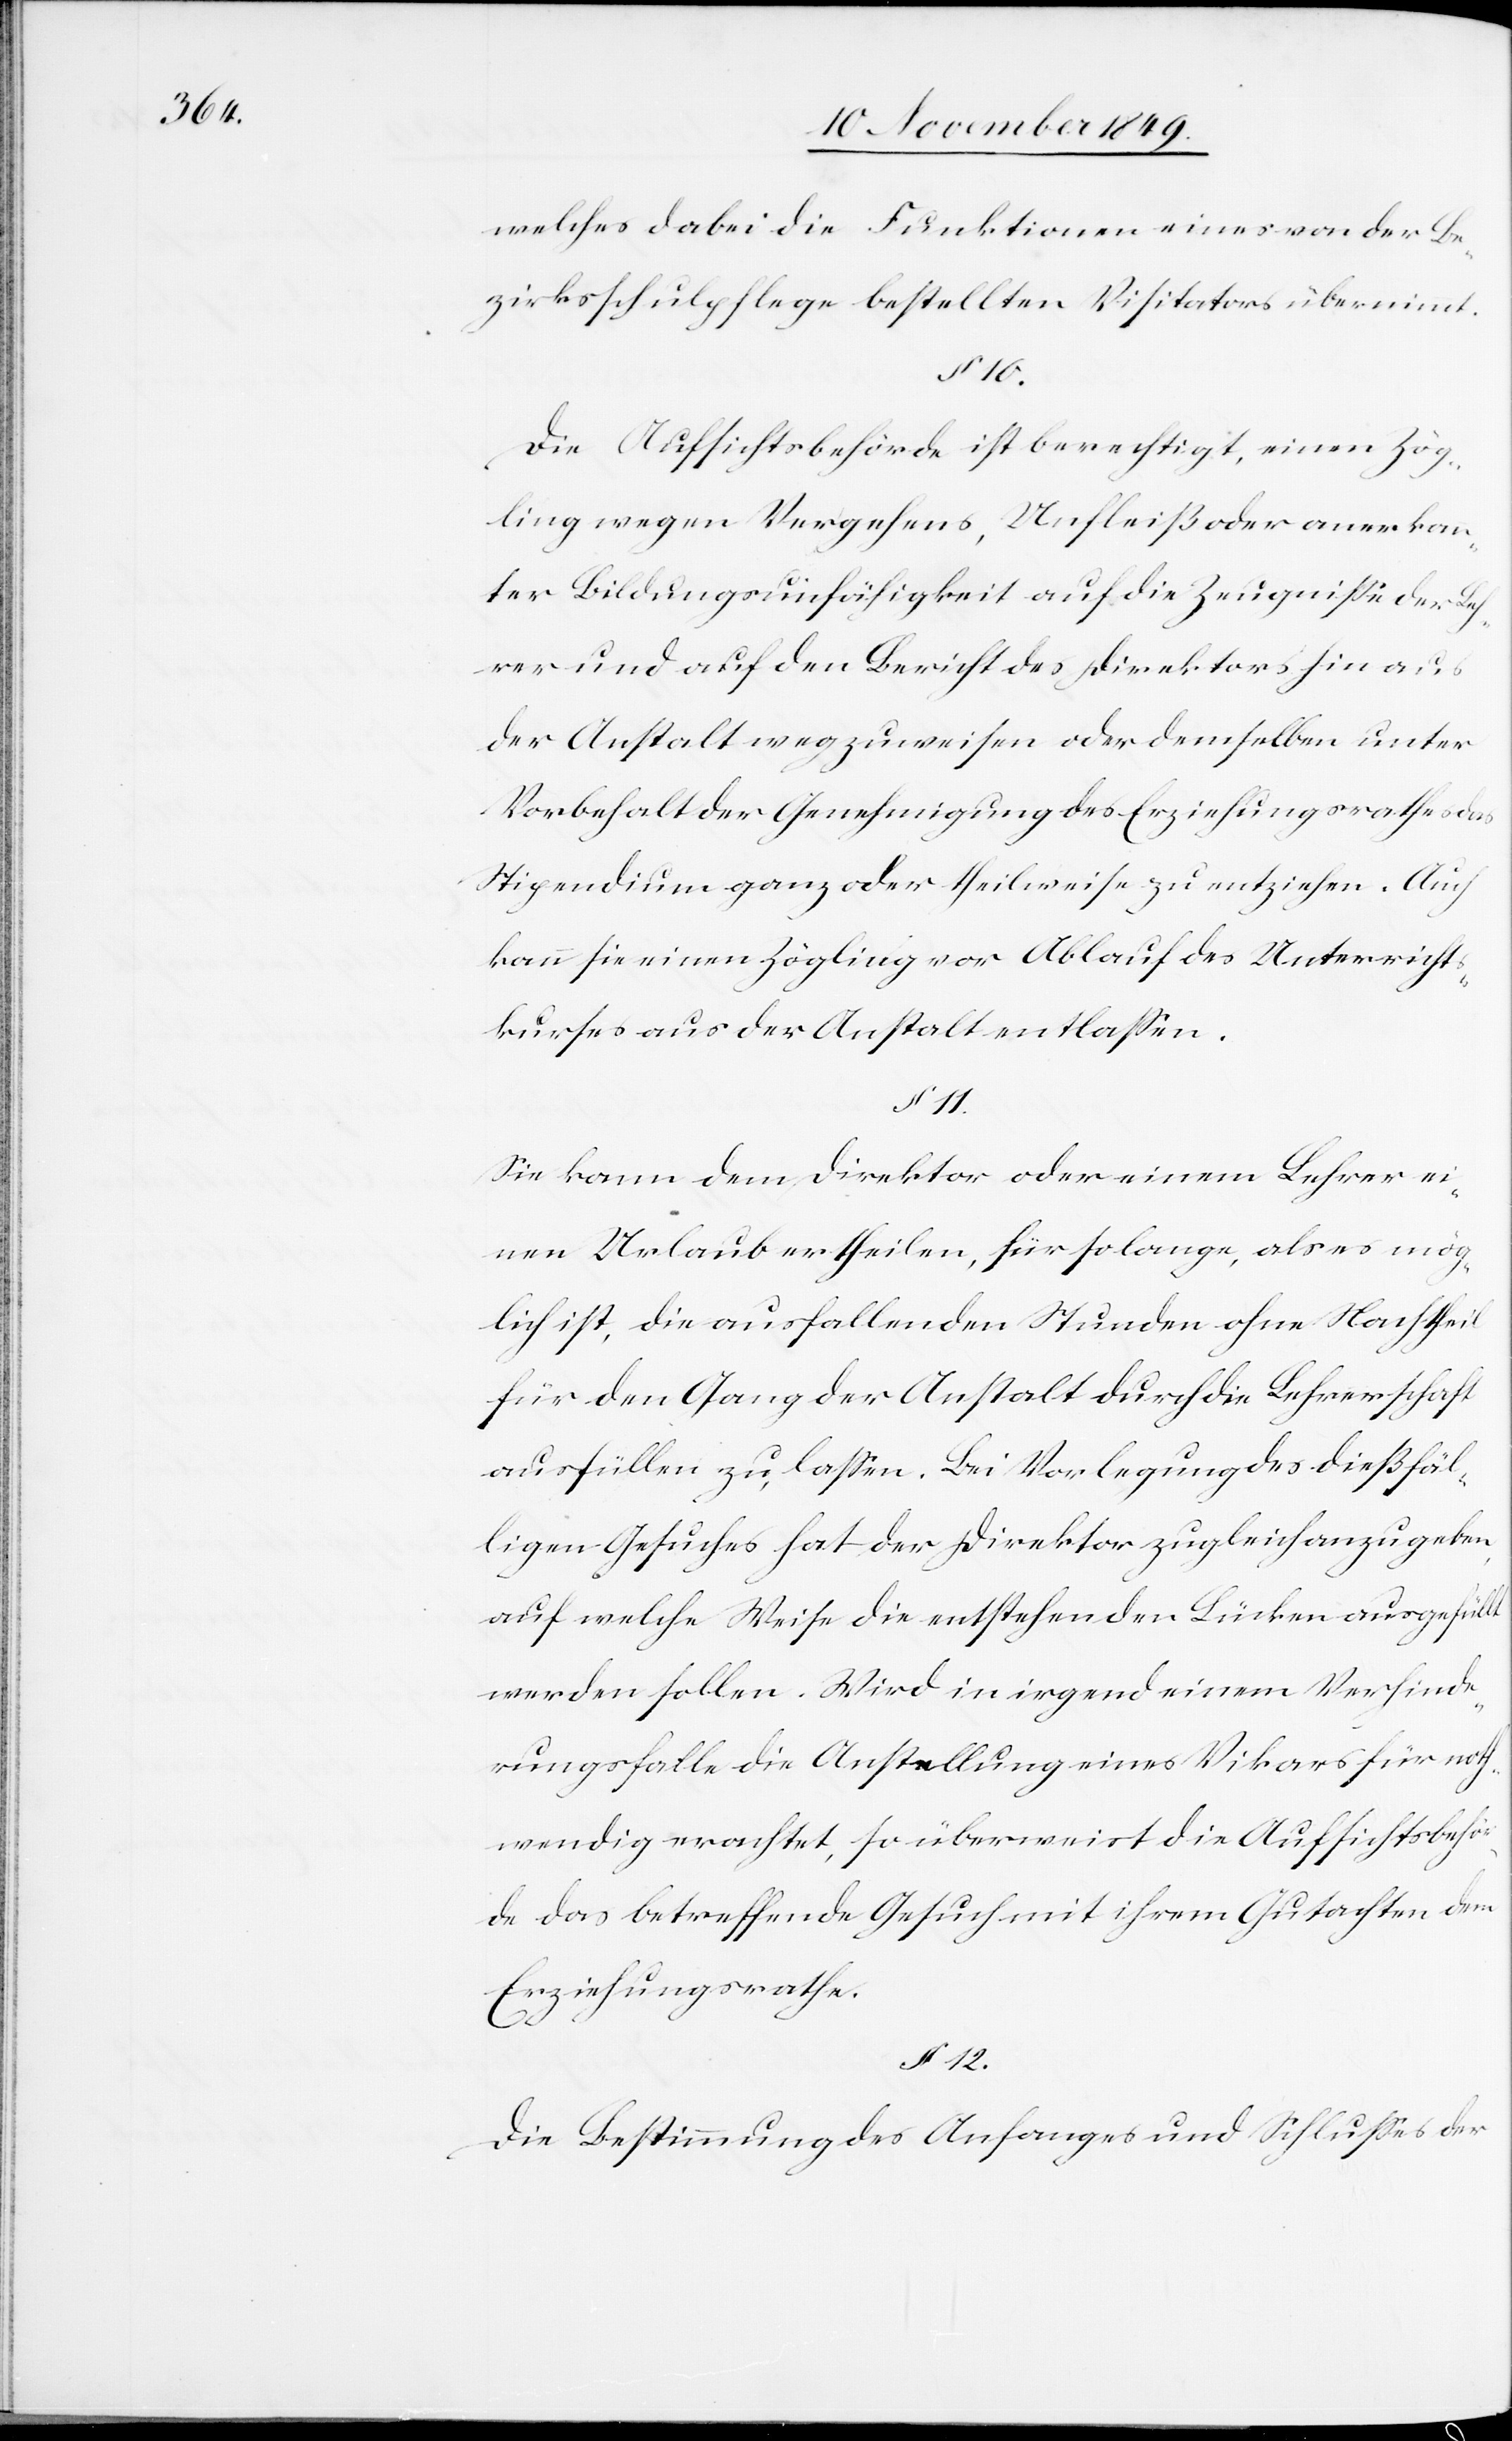
welches dabei die Funktionen eines von der Be¬
zirksschulpflege bestellten Visitators übernimmt.
§ 10.
Die Aufsichtsbehörde ist berechtigt, einen Zög¬
ling wegen Vergehens, Unfleiß oder anerkann¬
ter Bildungsunfähigkeit auf die Zeugniße der Leh¬
rer und auf den Bericht des Direktors hin aus
der Anstalt wegzuweisen oder demselben unter
Vorbehalt der Genehmigung des Erziehungsrathes das
Stipendium ganz oder theilweise zu entziehen. Auch
kann sie einen Zögling vor Ablauf des Unterricht¬
skurses aus der Anstalt entlaßen.
§ 11.
Sie kann dem Direktor oder einem Lehrer ei¬
nen Urlaub ertheilen, für so lange, als es mög¬
lich ist, die ausfallenden Stunden ohne Nachtheil
für den Gang der Anstalt durch die Lehrerschaft
ausfüllen zu laßen. Bei Vorlegung des dießfäl¬
ligen Gesuches hat der Direktor zugleich anzugeben,
auf welche Weise die nachstehenden Lücken ausgefüllt
werden sollen. Wird in irgendeinem Verhinde¬
rungsfalle die Anstellung eines Vikars für noth¬
wendig erachtet, so überweist die Aufsichtsbehör¬
de das betreffende Gesuch mit ihrem Gutachten dem
Erziehungsrathe.
§ 12.
Die Bestimmung des Anfanges und Schlußes der